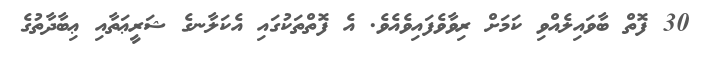
30 ފޮތް ބާވައިލެއްވި ކަމަށް ރިވާވެފައިވެއެވެ. އެ ފޮތްތަކުގައި އެކަލާނގެ ޝަރީޢަތާއި ޢިބާދާތުގެ